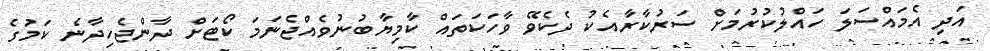
އަދި އެމައްސަލަ ހައްލުކުރުމަށް ސަރުކާރާއެކު ދެކެވޭ ވާހަކަތައް ކާމިޔާބުނުވެއްޖެނަމަ ކޯޓަށް ދާންޖެހިދާނެ ކަމުގެ